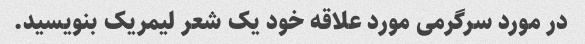
در مورد سرگرمی مورد علاقه خود یک شعر لیمریک بنویسید.